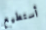
أستطيع